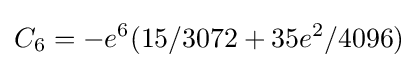
C_{6}=-e^{6}(15/3072+35e^{2}/4096)